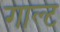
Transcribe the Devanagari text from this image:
गाल्ट